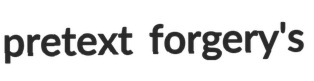
pretext forgery's